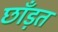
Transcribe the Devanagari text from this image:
छाँड़त